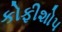
કોફીશોપ